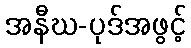
အနီဃ-ပုဒ်အဖွင့်